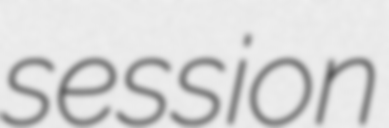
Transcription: session